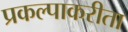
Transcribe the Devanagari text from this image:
प्रकल्पाकरीता